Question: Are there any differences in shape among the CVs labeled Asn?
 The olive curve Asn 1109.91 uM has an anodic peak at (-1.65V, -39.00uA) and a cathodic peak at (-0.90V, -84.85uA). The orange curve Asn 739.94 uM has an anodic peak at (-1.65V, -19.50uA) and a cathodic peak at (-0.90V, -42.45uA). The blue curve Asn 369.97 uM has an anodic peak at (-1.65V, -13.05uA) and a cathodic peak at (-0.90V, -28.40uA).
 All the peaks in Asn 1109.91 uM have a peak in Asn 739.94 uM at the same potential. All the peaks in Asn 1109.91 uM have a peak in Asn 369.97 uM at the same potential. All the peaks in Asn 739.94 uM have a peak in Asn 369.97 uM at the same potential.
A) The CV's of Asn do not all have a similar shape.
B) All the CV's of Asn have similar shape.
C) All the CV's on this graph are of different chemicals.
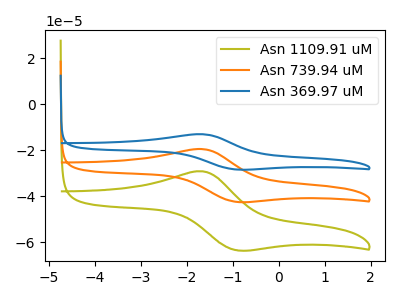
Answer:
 <answer>B) All the CV's of "Asn" have similar shape.</answer>
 <eval>B</eval>